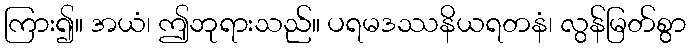
ကြား၍။ အယံ၊ ဤဘုရားသည်။ ပရမဒဿနိယရတနံ၊ လွန်မြတ်စွာ